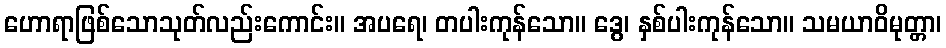
ဟောရာဖြစ်သောသုတ်လည်းကောင်း။ အပရေ၊ တပါးကုန်သော။ ဒွေ၊ နှစ်ပါးကုန်သော။ သမယာဝိမုတ္တာ၊